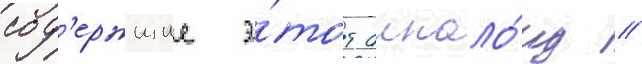
сод'ержищие э́тот алкало́ид //